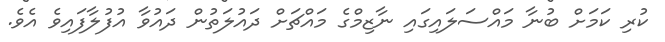
ކުރި ކަމަށް ބުނާ މައްސަލައިގައި ނާޒިމްގެ މައްޗަށް ދައުލަތުން ދައުވާ އުފުލާފައިވެ އެވެ.